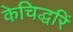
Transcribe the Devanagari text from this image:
केचिद्धरिं